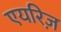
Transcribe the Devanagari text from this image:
एयरिज़